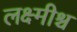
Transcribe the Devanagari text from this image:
लक्ष्मीश्च